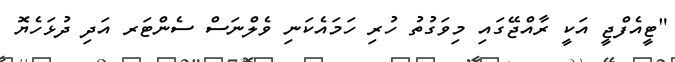
"ޓީއެފްޖީ އަކީ ރާއްޖޭގައި މިވަގުތު ހުރި ހަމައެކަނި ވެލްނަސް ސެންޓަރ އަދި ދުޅަހެޔޮ